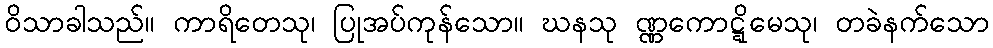
ဝိသာခါသည်။ ကာရိတေသု၊ ပြုအပ်ကုန်သော။ ဃနသု ဏ္ဏကောဋ္ဋိမေသု၊ တခဲနက်သော